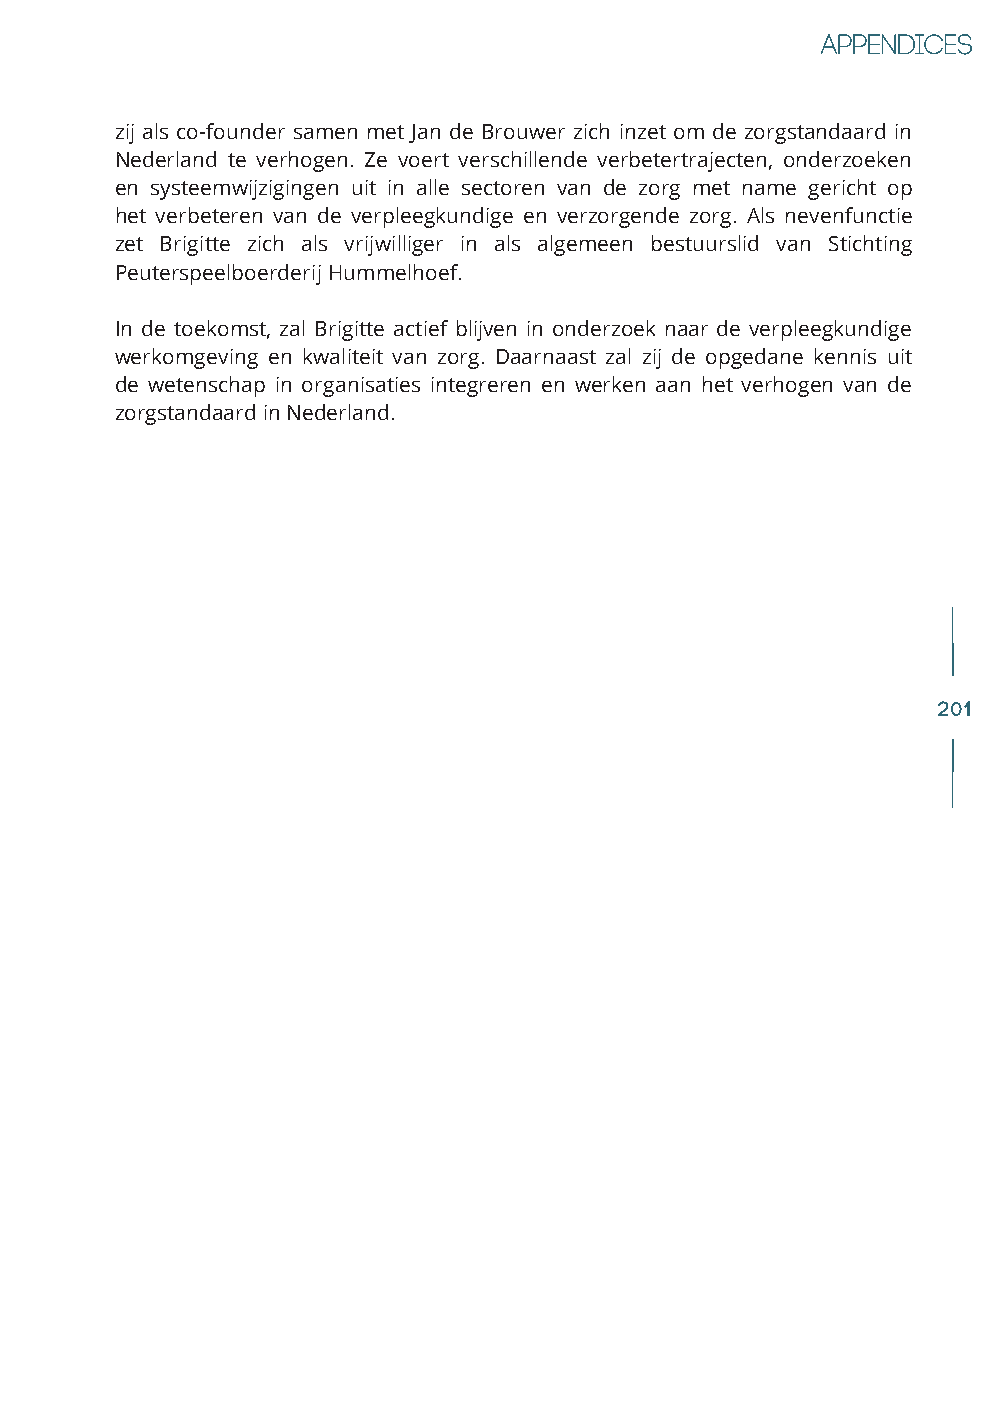
zij als co-founder samen met Jan de Brouwer zich inzet om de zorgstandaard in
 Nederland te verhogen. Ze voert verschillende verbetertrajecten, onderzoeken
 en systeemwijzigingen uit in alle sectoren van de zorg met name gericht op
 het verbeteren van de verpleegkundige en verzorgende zorg. Als nevenfunctie
 zet Brigitte zich als vrijwilliger in als algemeen bestuurslid van Stichting
 Peuterspeelboerderij Hummelhoef.
 In de toekomst, zal Brigitte actief blijven in onderzoek naar de verpleegkundige
 werkomgeving en kwaliteit van zorg. Daarnaast zal zij de opgedane kennis uit
 de wetenschap in organisaties integreren en werken aan het verhogen van de
 zorgstandaard in Nederland.
 201